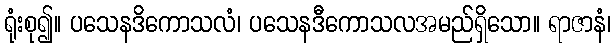
ရုံးစု၍။ ပသေနဒိကောသလံ၊ ပသေနဒီကောသလအမည်ရှိသော။ ရာဇာနံ၊